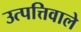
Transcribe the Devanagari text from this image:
उत्पत्तिवाले